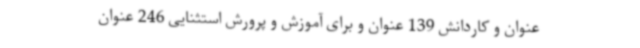
عنوان و کاردانش 139 عنوان و برای آموزش و پرورش استثنایی 246 عنوان